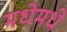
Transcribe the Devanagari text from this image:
मधेमधे